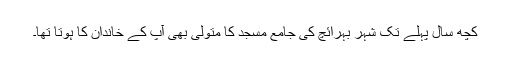
کچھ سال پہلے تک شہر بہرائچ کی جامع مسجد کا متولی بھی آپ کے خاندان کا ہوتا تھا۔